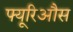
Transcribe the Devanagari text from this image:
फ्यूरिऔस